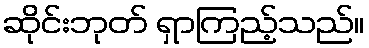
ဆိုင်းဘုတ် ရှာကြည့်သည်။